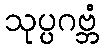
သုပ္ပဂဗ္ဘံ